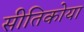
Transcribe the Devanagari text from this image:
सीतिकोया